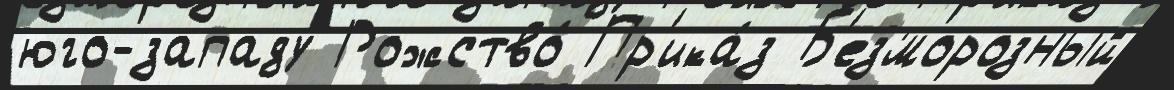
юго-западу Рожство́ Пр'ика́з Б'езморозный